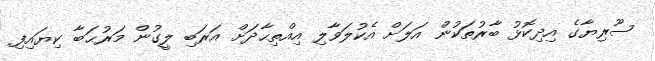
ސޫރިޔާގެ އިދިކޮޅު ބާރުތަކުން އަލަށް އެކުލަވާލި އިއްތިޙާދަށް އަރަބި ލީގުން މަރުޙަބާ ކިޔައިފި